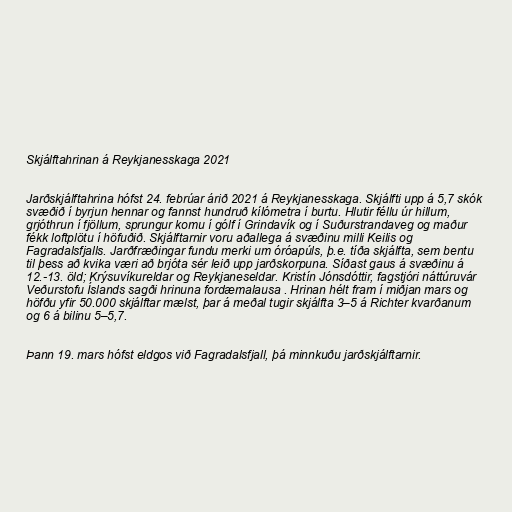
Skjálftahrinan á Reykjanesskaga 2021

Jarðskjálftahrina hófst 24. febrúar árið 2021 á Reykjanesskaga. Skjálfti upp á 5,7 skók
svæðið í byrjun hennar og fannst hundruð kílómetra í burtu. Hlutir féllu úr hillum,
grjóthrun í fjöllum, sprungur komu í gólf í Grindavík og í Suðurstrandaveg og maður
fékk loftplötu í höfuðið. Skjálftarnir voru aðallega á svæðinu milli Keilis og
Fagradalsfjalls. Jarðfræðingar fundu merki um óróapúls, þ.e. tíða skjálfta, sem bentu
til þess að kvika væri að brjóta sér leið upp jarðskorpuna. Síðast gaus á svæðinu á
12.-13. öld; Krýsuvíkureldar og Reykjaneseldar. Kristín Jónsdóttir, fagstjóri náttúruvár
Veðurstofu Íslands sagði hrinuna fordæmalausa . Hrinan hélt fram í miðjan mars og
höfðu yfir 50.000 skjálftar mælst, þar á meðal tugir skjálfta 3–5 á Richter kvarðanum
og 6 á bilinu 5–5,7.

Þann 19. mars hófst eldgos við Fagradalsfjall, þá minnkuðu jarðskjálftarnir.